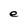
Character: e